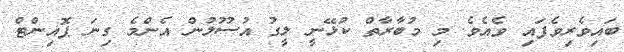
ބައިވެރިވެފައި ވެއެވެ. މި މުބާރާތް ކުޅޭނީ ލީގު އުސޫލުން އެންމެ ގިނަ ޕޮއިންޓް